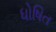
ધોષિત